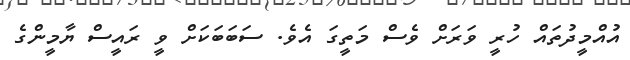
އުއްމީދުތައް ހުރީ ވަރަށް ވެސް މަތީގަ އެވެ. ސަބަބަކަށް ވީ ރައީސް ޔާމީންގެ